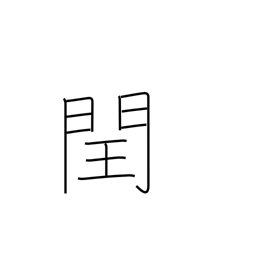
Meaning: intercalation